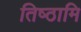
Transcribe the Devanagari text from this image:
तिष्‍ठामि